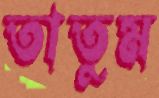
তাতুম